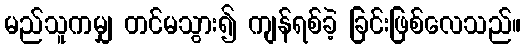
မည်သူကမျှ တင်မသွား၍ ကျန်ရစ်ခဲ့ ခြင်းဖြစ်လေသည်။